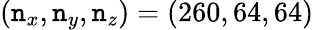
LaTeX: (\mathtt{n}_{x},\mathtt{n}_{y},\mathtt{n}_{z})=(260,64,64)